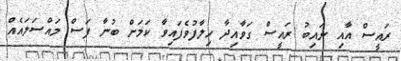
ރައީސް އާއި ނައިބު ރައީސް ގަވާއިދާ ހިލާފުވެފައިވާ ކަމަށް ބުނާ ފަސް މައްސަލައެއް